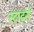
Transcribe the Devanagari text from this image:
स्टार्ट्स